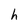
Character: h